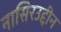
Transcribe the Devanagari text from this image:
नासिरउद्दीन